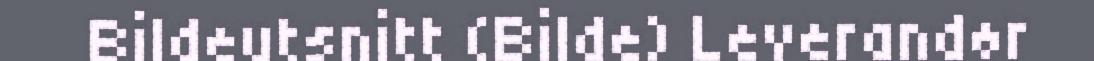
Bildeutsnitt (Bilde) Leverandør